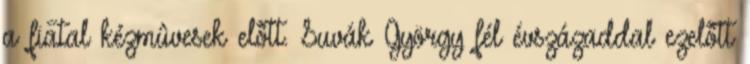
a fiatal kézmûvesek elôtt. Suvák György fél évszázaddal ezelôtt